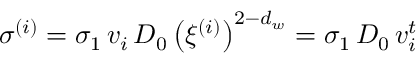
\sigma ^ { ( i ) } = \sigma _ { 1 } \, v _ { i } \, D _ { 0 } \left( \xi ^ { ( i ) } \right) ^ { 2 - d _ { w } } = \sigma _ { 1 } \, D _ { 0 } \, v _ { i } ^ { t }